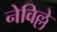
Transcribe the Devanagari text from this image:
नेविल्ले